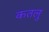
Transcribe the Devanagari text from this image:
कतलु